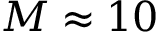
M \approx 1 0